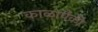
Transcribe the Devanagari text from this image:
काळापैकी